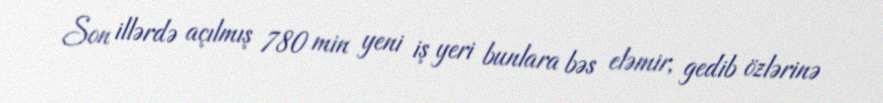
Son illərdə açılmış 780 min yeni iş yeri bunlara bəs eləmir, gedib özlərinə